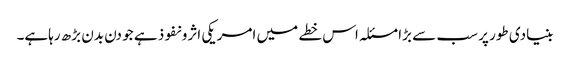
بنیادی طور پر سب سے بڑا مسئلہ اس خطے میں امریکی اثرو نفوذ ہے جو دن بدن بڑھ رہاہے۔